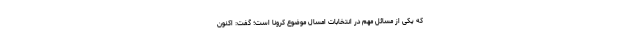
که یکی از مسائل مهم در انتخابات امسال موضوع کرونا است؛ گفت: اکنون